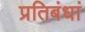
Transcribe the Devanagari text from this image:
प्रतिबंधां